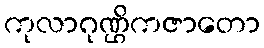
ကုလာဂုဏ္ဌိကဇာတော